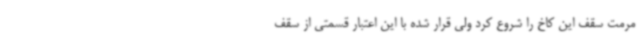
مرمت سقف این کاخ را شروع کرد ولی قرار شده با این اعتبار قسمتی از سقف